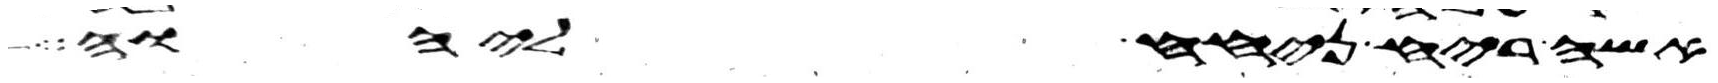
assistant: אשה ריח ניחח ליהוה